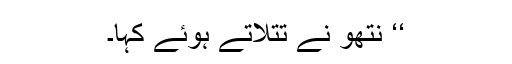
‘‘ نتھو نے تتلاتے ہوئے کہا۔